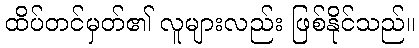
ထိပ်တင်မှတ်၏ လူများလည်း ဖြစ်နိုင်သည်။